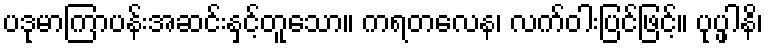
ပဒုမာကြာပန်းအဆင်းနှင့်တူသော။ ကရတလေန၊ လက်ဝါးပြင်ဖြင့်။ ပုပ္ဖါနိ၊